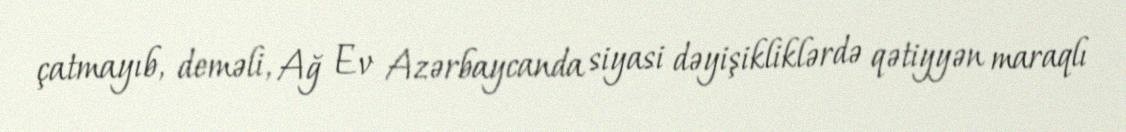
çatmayıb, deməli, Ağ Ev Azərbaycanda siyasi dəyişikliklərdə qətiyyən maraqlı